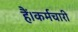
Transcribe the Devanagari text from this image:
हैं।कर्मचारी